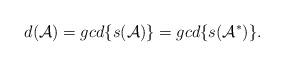
LaTeX: \begin{align*} d(\mathcal {A})=gcd\{ s(\mathcal {A}) \}=gcd\{s(\mathcal {A}^*)\}.\end{align*}